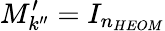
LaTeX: M_{k^{\prime\prime}}^{\prime}=I_{n_{HEOM}}